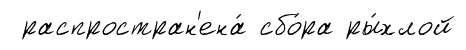
распростран'ена́ сбо́ра ры́хлой